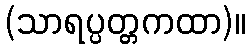
(သာရပ္ပတ္တကထာ)။